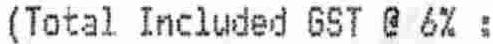
(TOTAL INCLUDED GST @ 6% :